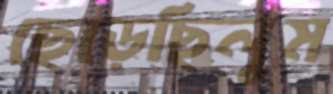
ছেড়েছিলুম